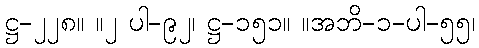
ဋ္ဌ-၂၂၈။ ။၂ ပါ-၉၂၊ ဋ္ဌ-၁၅၁။ ။အဘိ-၁-ပါ-၅၅၊